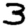
Digit: 3